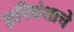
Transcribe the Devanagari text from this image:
हरिवंशाचे